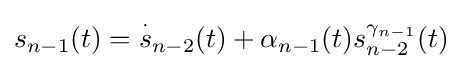
s_{n-1}(t)={\overset {\cdot }{s}}_{n-2}(t)+\alpha _{n-1}(t)s_{n-2}^{\gamma _{n-1}}(t)